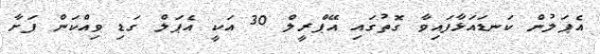
އެޕަލުން ކަނޑައަޅާފައިވާ ގޮތުގައި އޭޕްރީލް 30 އަކީ އެޕަލް ގަޑި ވިއްކަން ފަށާ